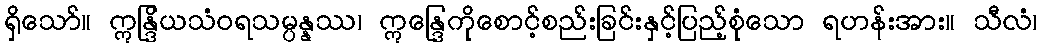
ရှိသော်။ ဣန္ဒြိယသံဝရသမ္ပန္နဿ၊ ဣန္ဒြေကိုစောင့်စည်းခြင်းနှင့်ပြည့်စုံသော ရဟန်းအား။ သီလံ၊